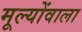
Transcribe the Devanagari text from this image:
मूल्योंवाला